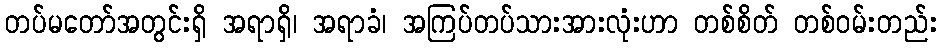
တပ်မတော်အတွင်းရှိ အရာရှိ၊ အရာခံ၊ အကြပ်တပ်သားအားလုံးဟာ တစ်စိတ် တစ်ဝမ်းတည်း